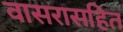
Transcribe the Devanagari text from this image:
वासरासहित